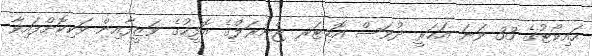
ހައިކޯޓުގެ 33 ވަނަ އަހަރީ ދުވަސް އޮޑިޓަރ ޖެނެރަލްގެ އޮފީހުގެ ވަޒީފާއިން ވަކިކޮށްފައިވާ